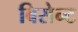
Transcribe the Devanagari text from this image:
बिसेन्ट